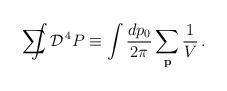
LaTeX: \begin{align*}\sum {\mbox{\hspace*{-0.525cm}}} \int {\cal D}^{\, 4} P \equiv \int \frac{d p_0}{2 \pi} \sum_{\bf p} \frac{1}{V} \, .\end{align*}